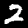
Label: 2